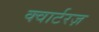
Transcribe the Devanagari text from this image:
क्वार्टरज़